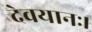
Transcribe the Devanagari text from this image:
देवयानः।